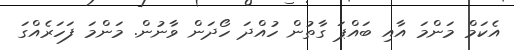
އެކަމް މަންމަ އާއި ބައްޕަ ގާތުން ހުއްދަ ހޯދަން ވާނުން. މަންމަ ފަހަރެއްގަ